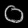
Digit: ၀